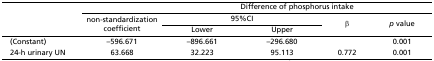
|  |  | <COLSPAN=4> Difference of phosphorus intake |
 |  | <ROWSPAN=2> non-standardization coefficient | <COLSPAN=2> 95%CI | <ROWSPAN=2> β | <ROWSPAN=2> p value |
 |  | Lower | Upper |
 | --- | --- | --- | --- | --- | --- |
 | (Constant) | –596.671 | –896.661 | –296.680 |  | 0.001 |
 | 24-h urinary UN | 63.668 | 32.223 | 95.113 | 0.772 | 0.001 |